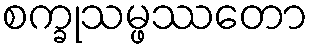
စက္ခုသမ္ဖဿတော